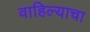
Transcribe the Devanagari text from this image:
वाहिल्याचा